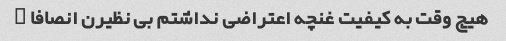
هیچ وقت به کیفیت غنچه اعتراضی نداشتم بی نظیرن انصافا …